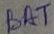
Text: BAT